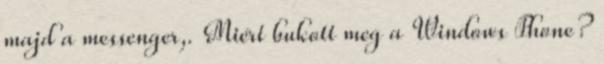
majd a messenger,. Miért bukott meg a Windows Phone?